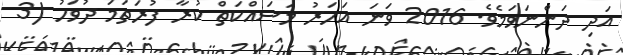
އަދި ދަންނަވަމެވެ. 2016 ވަނަ އަހަރު މަސައްކަތް ކުރާ ފުރަތަމަ ދުވަހު (3